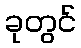
ခုတွင်